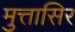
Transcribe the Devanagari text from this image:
मुत्तासिर